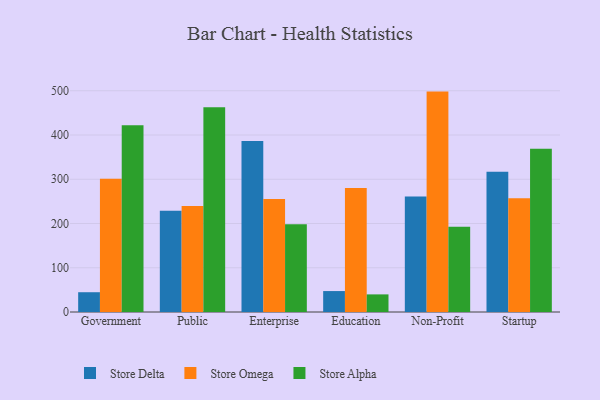
{"axis": {"x": "Segment", "y": "Net Income (USD K)"}, "legend": ["Store Alpha", "Store Delta", "Store Omega"], "data": [{"x": "Government", "y": 44.7, "type": "Store Delta"}, {"x": "Government", "y": 301.1, "type": "Store Omega"}, {"x": "Government", "y": 422.1, "type": "Store Alpha"}, {"x": "Public", "y": 229.1, "type": "Store Delta"}, {"x": "Public", "y": 239.7, "type": "Store Omega"}, {"x": "Public", "y": 462.6, "type": "Store Alpha"}, {"x": "Enterprise", "y": 386.2, "type": "Store Delta"}, {"x": "Enterprise", "y": 255.6, "type": "Store Omega"}, {"x": "Enterprise", "y": 198.5, "type": "Store Alpha"}, {"x": "Education", "y": 47.3, "type": "Store Delta"}, {"x": "Education", "y": 280.3, "type": "Store Omega"}, {"x": "Education", "y": 39.8, "type": "Store Alpha"}, {"x": "Non-Profit", "y": 261.2, "type": "Store Delta"}, {"x": "Non-Profit", "y": 498.1, "type": "Store Omega"}, {"x": "Non-Profit", "y": 192.9, "type": "Store Alpha"}, {"x": "Startup", "y": 316.9, "type": "Store Delta"}, {"x": "Startup", "y": 256.8, "type": "Store Omega"}, {"x": "Startup", "y": 368.8, "type": "Store Alpha"}]}